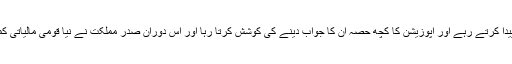
سرکاری نمائیندے اٹھارویں ترمیم پر شبہات پیدا کرتے رہے اور اپوزیشن کا کچھ حصہ ان کا جواب دینے کی کوشش کرتا رہا اور اس دوران صدر مملکت نے نیا قومی مالیاتی کمیشن (این ایف سی) قائم کرنے کا اعلان کردیا۔